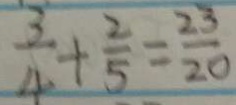
\frac { 3 } { 4 } + \frac { 2 } { 5 } = \frac { 2 3 } { 2 0 }